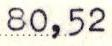
80,52